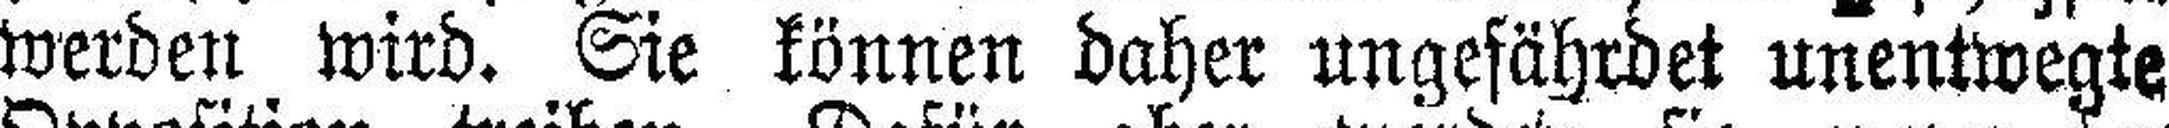
werden wird. Sie können daher ungefährdet unentwegte